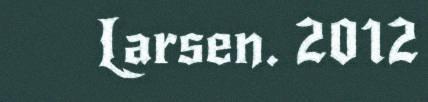
Larsen. 2012